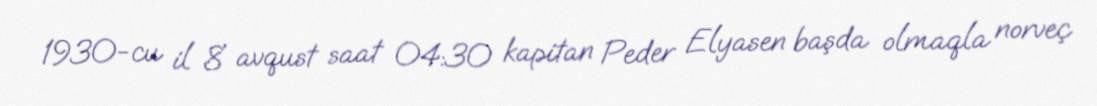
1930-cu il 8 avqust saat 04:30 kapitan Peder Elyasen başda olmaqla norveç